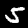
Digit: 5